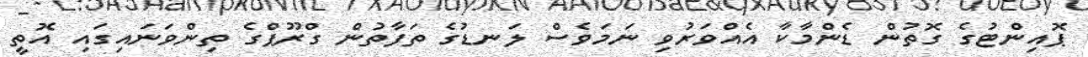
ޕޮއިންޓުގެ ގޮތުން ޑެންމާކާ އެއްވަރުވި ނަމަވެސް ލަނޑުގެ ތަފާތުން ގްރޫޕްގެ ތިންވަނައިގައި އޮތީ